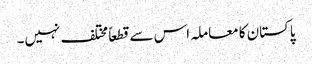
پاکستان کا معاملہ اس سے قطعاً مختلف نہیں۔